system: You are a helpful assistant.
user:
Analyze the provided spectrum to determine if it is a **S-type Star**.

- **Key Indicators for S-type Star:**

    - **(Overall Spectrum Shape):** The first and most obvious characteristic is the overall continuum (the "baseline" shape). It is **extremely "red-sloping,"** meaning the flux (light intensity) is very low on the left side (blue, ~4000-4500 Å) and rises steeply and continuously toward the right side (red, ~7000 Å+).

    - **(Primary):** The spectrum is defined by the presence of strong, broad molecular absorption "valleys" (bands) from **Zirconium Oxide (ZrO)**. The identification of these bands is the **primary requirement** for classifying a star as S-type.
        - **(Key Bandheads):** You must find distinct, deep "dips" where the light has been absorbed. The most critical band systems to locate are:
            - **~6474 Å** ($\gamma$-system): This is often the strongest and clearest ZrO feature, found in the red part of the spectrum.
            - **~5718 Å** & **~5551 Å** ($\beta$-system): A pair of prominent absorption features in the yellow-orange part of the spectrum.
            - **~4640 Å** ($\alpha$-system): A key absorption band system in the blue-green region of the spectrum.

    - **(Secondary Confirmation):** The classification is strengthened by finding additional absorption bands from other related heavy element oxides, which are expected to be present alongside ZrO.
        - **(Key Bandheads):**
            - **Yttrium Oxide (YO):** Look for absorption dips near **~4800 Å** and **~6100 Å**.
            - **Lanthanum Oxide (LaO):** Additional absorption features, particularly in the red-orange part of the spectrum, are also characteristic.

    - **(Line Profile):** The combination of the steep red continuum and these numerous, deep molecular bands (ZrO, YO, etc.) gives the entire spectrum a very **"chopped-up"** or **"bumpy"** appearance. Instead of a smooth curve, the spectrum looks as though large, wide chunks of light have been "carved out" of it at the specific wavelengths listed above.

Think first, call **spectral_visualization_tool** if needed to examine features in detail, then provide your final answer. Your response must adhere to the following strict rules:
1.  **Overall Structure:** Your response must follow the format `<think>...</think> <tool_call>...</tool_call> (if a tool is used) <answer>...</answer>`.
2.  **Tool Usage Constraint:** You may only make **one** tool call per turn.
3.  **Final Answer Format:** In the `<answer>` tag, your conclusion must be inside a `\boxed{}` command (e.g., `\boxed{YES}` or `\boxed{NO}`), followed by your justification.

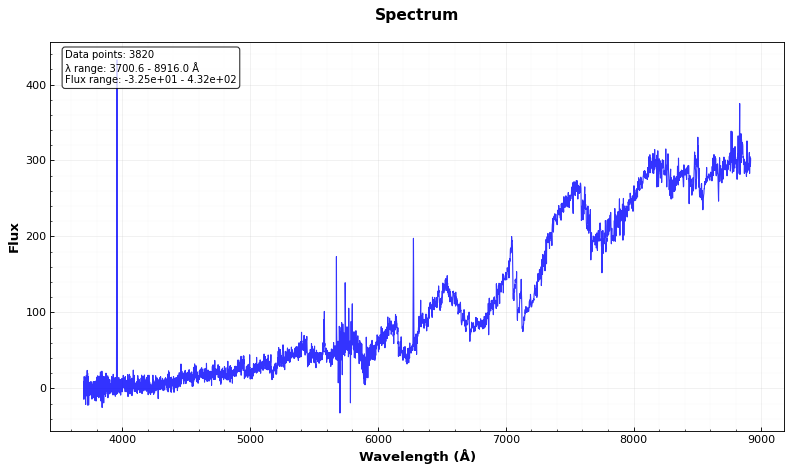
Answer: NO